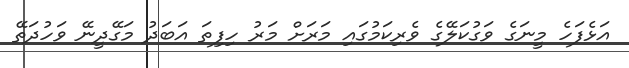
އަޅެފަހެ މީނަގެ ވަގުކަލޭގެ ވެރިކަމުގައި މަރަށް މަރު ހިފިތަ އަބަދު މަގޭދީނޭ ވަހުދަތޭ